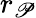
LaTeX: r_{\mathscr{P}}